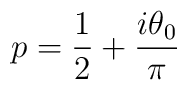
p=\frac12+\frac{i\theta_{0}}\pi